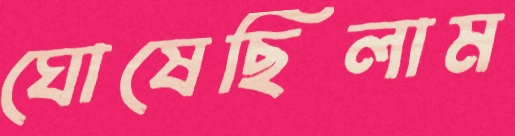
ঘোষেছিলাম